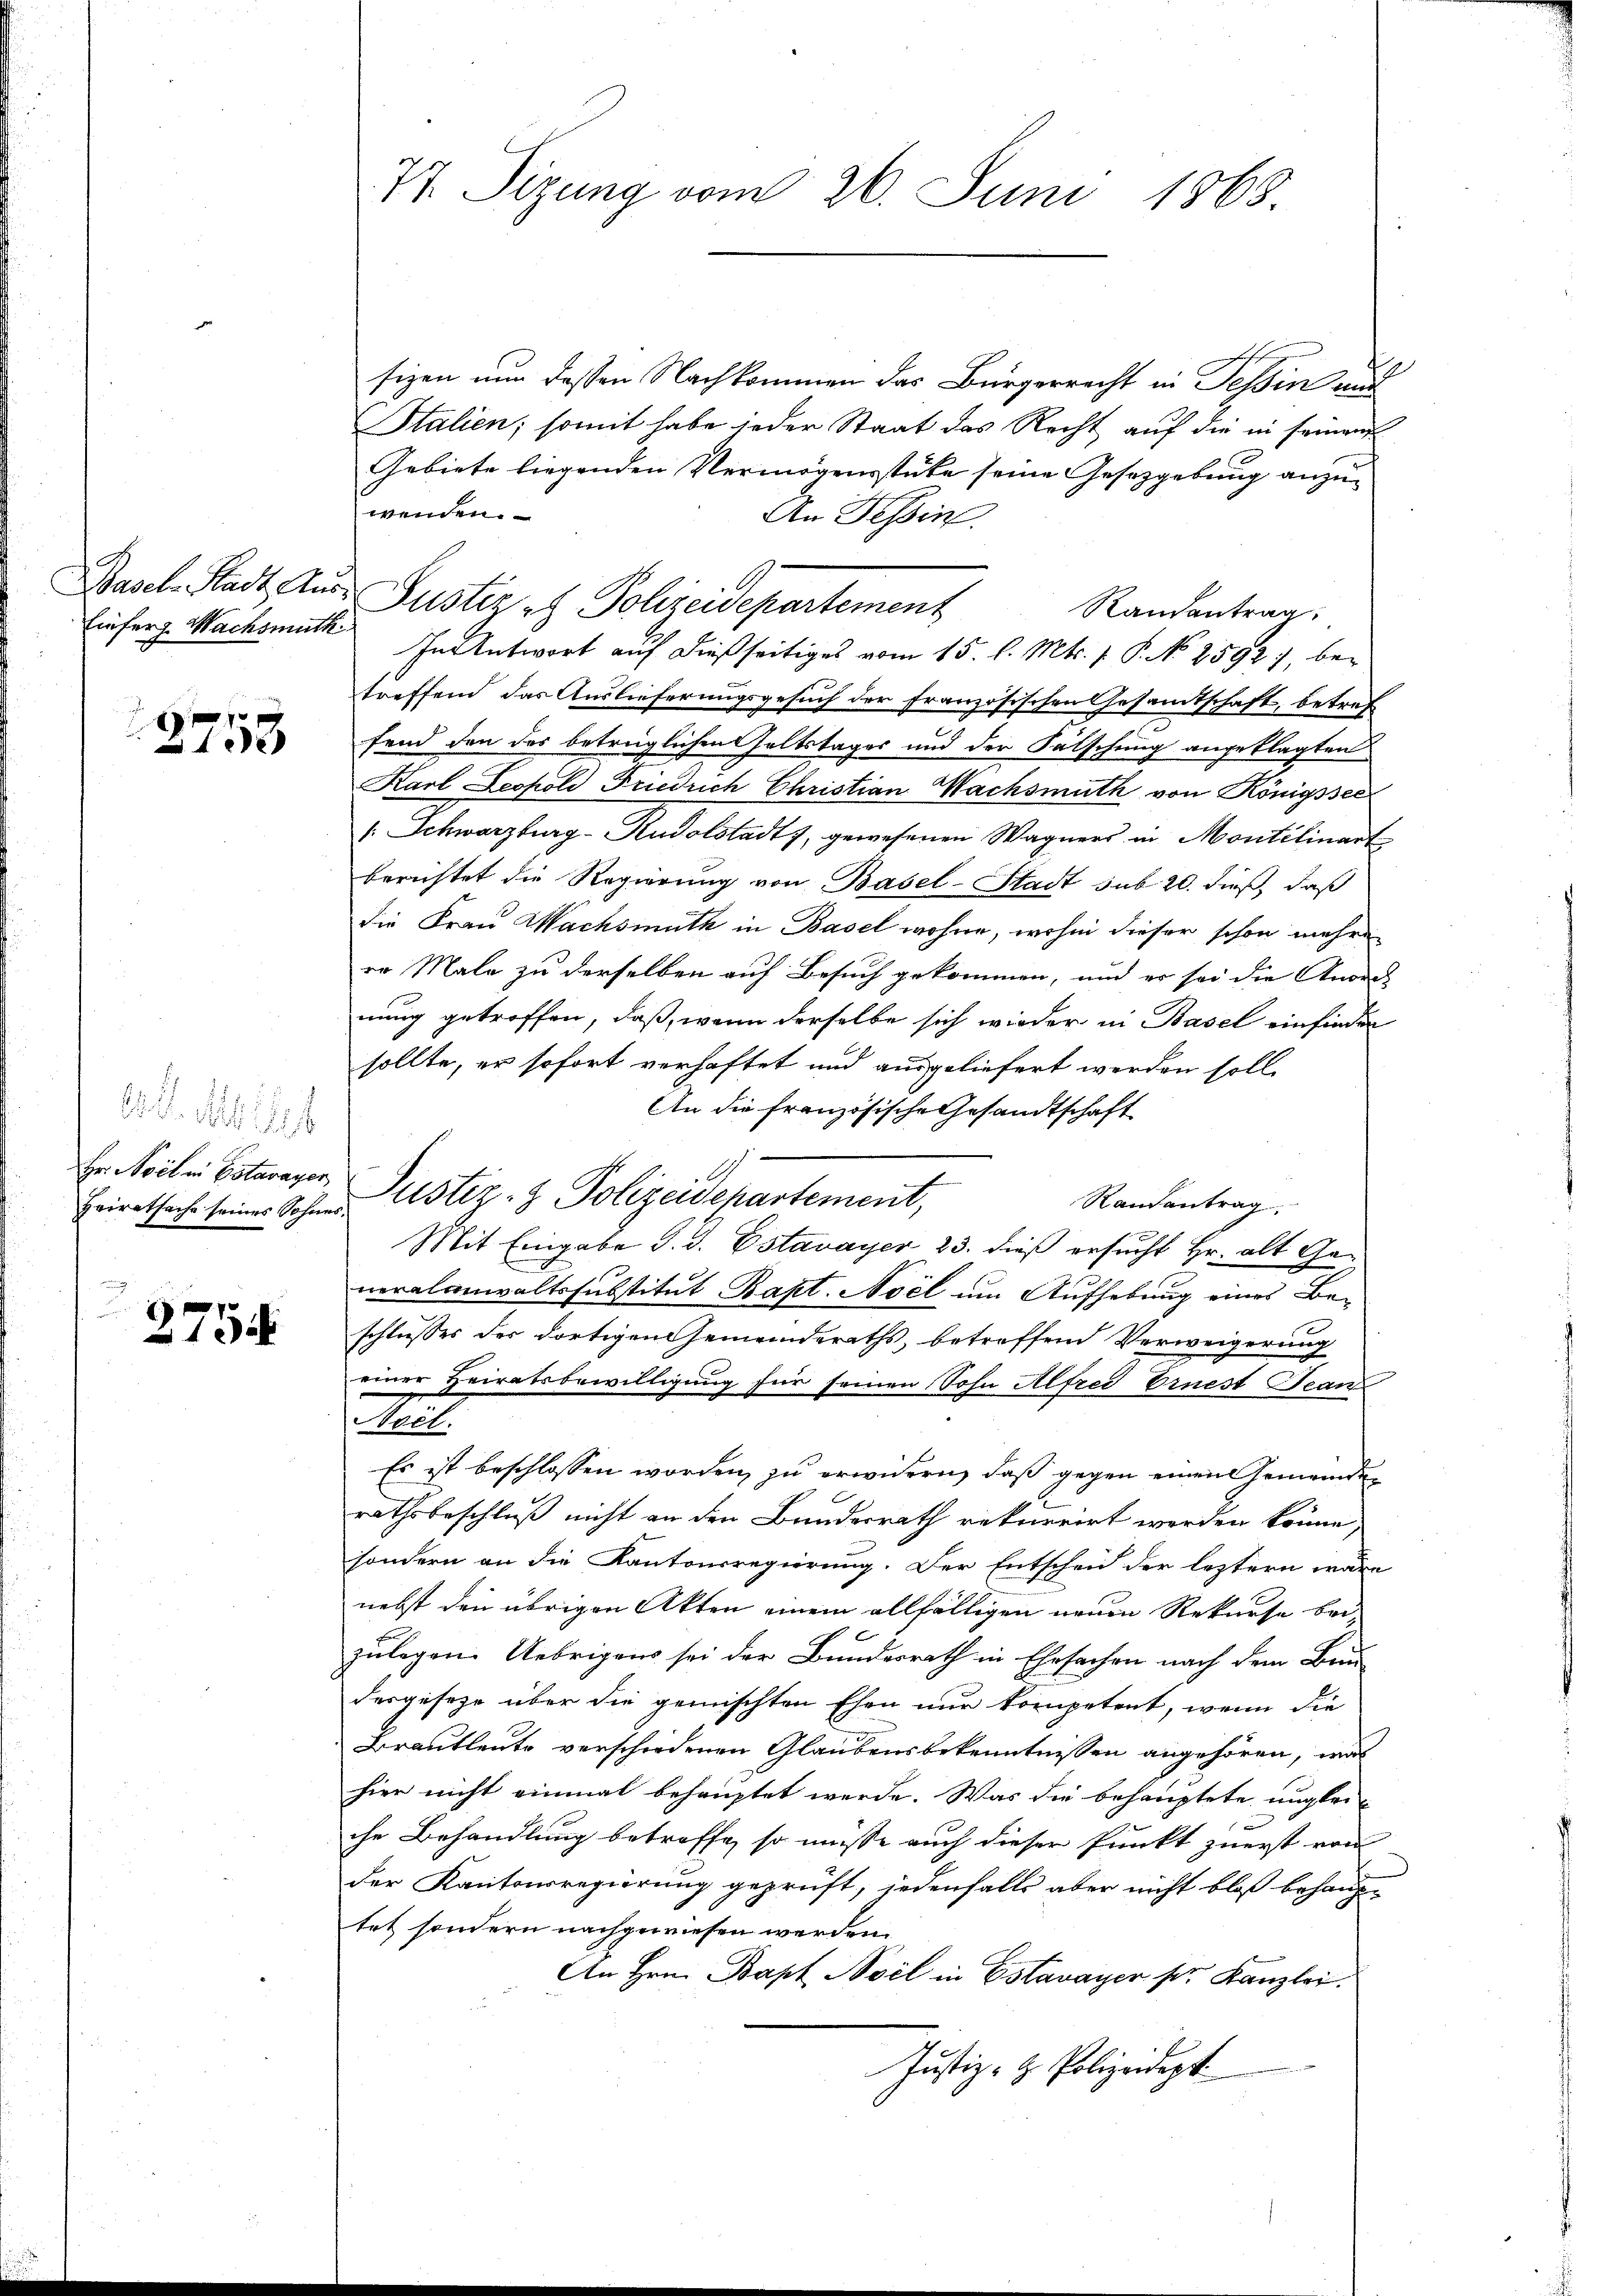
2753

187
 . . 12
Heiratsache seines Sohnes,

2754.

77. Sizung vom 26. Juni 1868.

sizen nun dessen Nachkommen das Bürgerrecht in Tessin und
Italien; somit habe jeder Staat das Recht auf die in seinen
Gebiete liegenden Vermögensstücke seine Gesetzgebung anzuwenden.
An Tessin
Randantrag
Einfurg Wachsmitte In Antwort auf dießseitiges vom 15. l. Mts. f. P. No 2592), bei
treffend das Auslieferungsgesuch der französischen Gesamtschaft, betref
fend den des betrüglichen Geltstages und der Fälschung angeklagten
Karl Leopold Friedrich Christian Nachsmuth von Königssee
1. Schwarzburg-Rudolstadt, gewesenen Wagners in Montilinart
berichtet die Regierung von Basel-Stadt sub 20. dieß, daß
die Frau Wachsmuth in Basel wohne, wohin dieser schon mehre
er Male zu derselben auf Besuch gekommen, und er sei die Anores
nung getroffen, daß, wenn derselbe sich wieder in Basel einfinden
sollte, er sofort verhaftet und ausgeliefert werden soll.
An die französische Gesandtschaft
Hr. Meilen. Esterager Justiz- & Polizeidepartement,
Randantrag.
Mit Eingabe d. d. Estavayer 23. dieß ersucht Hr. alt Generalanwaltssubstitut Bapt. Noel um Aufhebung eines Beschlusses der dortigen Gemeinderaths, betreffend Verweigerung
einer Heiratsbewilligung für seinen Sohn Alfred Ernest Bean
Accl.
Es ist beschlossen worden, zu erwidern, daß gegen einen Gemeinderathsbeschluß nicht an den Bundesrath rekurrirt worden könne,
sondern an die Kantonsregierung. Der Entscheid der leztern wäre
nebst den übrigen Akten einem allfälligen neuen Rekurse bei
zulegen. Uebrigens sei der Bundesrath in Ehrsachen nach dem Bau-
desgeseze über die gemischten Ehen nur kompetent, wenn die
Brautleute verschiedenen Glaubensbekenntnissen angehören, was
hier nicht einmal behauptet werde. Was die behauptete ungleiche Behandlung betroffe, so müsse auch dieser Punkt zuerst von
der Kantonsregierung geprüft, jedenfalls aber nicht bloß behauptet sondern nachgewiesen werden.
An Hrn. Bapt Noil in Estavayer pr. Kanzlei.
Justiz- & Polizeidept.

Basel-Stadt, Aus- Justiz et Polizeidepartement